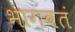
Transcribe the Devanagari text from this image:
भागवतं